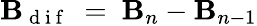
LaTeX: \mathbf{B}_{\mathrm{{~d~i~f~}}}~=~\mathbf{B}_{n}-\mathbf{B}_{n-1}